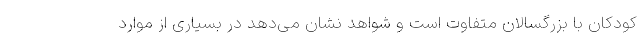
کودکان با بزرگسالان متفاوت است و شواهد نشان می‌دهد در بسیاری از موارد